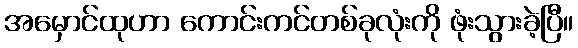
အမှောင်ထုဟာ ကောင်းကင်တစ်ခုလုံးကို ဖုံးသွားခဲ့ပြီ။